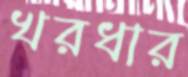
খরধার